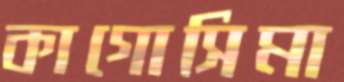
কাগোসিমা